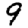
Digit: 9